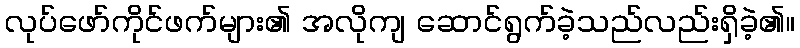
လုပ်ဖော်ကိုင်ဖက်များ၏ အလိုကျ ဆောင်ရွက်ခဲ့သည်လည်းရှိခဲ့၏။